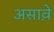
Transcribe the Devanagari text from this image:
असाव़े